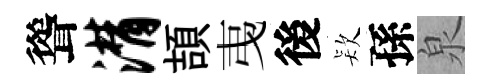
聳潸頡𢎯後𣣇孫泉